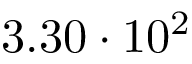
3 . 3 0 \cdot 1 0 ^ { 2 }